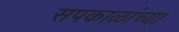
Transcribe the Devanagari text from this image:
सपकाळांच्या